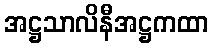
အဋ္ဌသာလိနီအဋ္ဌကထာ